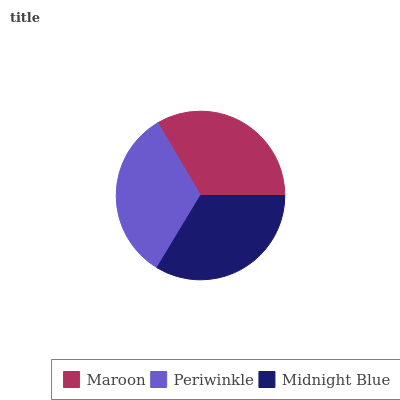
| Maroon | Periwinkle | Midnight Blue |
 | --- | --- | --- |
 | 33.4% | 33% | 33.6% |